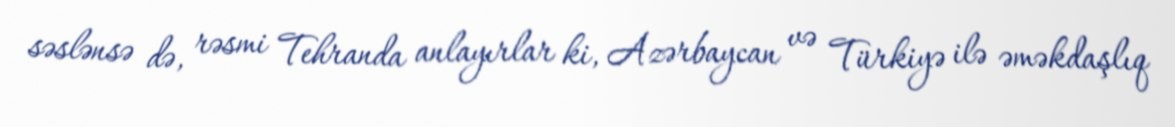
səslənsə də, rəsmi Tehranda anlayırlar ki, Azərbaycan və Türkiyə ilə əməkdaşlıq